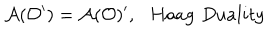
\mathcal { A } ( \mathcal { O } ^ { \prime } ) = \mathcal { A } ( \mathcal { O } ) ^ { \prime } , \, \, \, \, H a a g \, \, D u a l i t y